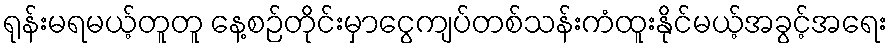
ရုန်းမရမယ့်တူတူ နေ့စဉ်တိုင်းမှာငွေကျပ်တစ်သန်းကံထူးနိုင်မယ့်အခွင့်အရေး